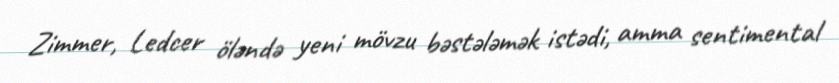
Zimmer, Ledcer öləndə yeni mövzu bəstələmək istədi, amma sentimental